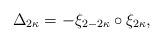
LaTeX: \begin{align*}\Delta_{2\kappa}=-\xi_{2-2\kappa}\circ\xi_{2\kappa},\end{align*}